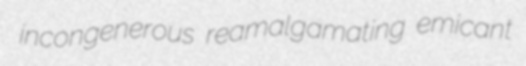
incongenerous reamalgamating emicant